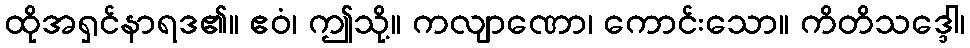
ထိုအရှင်နာရဒ၏။ ဧဝံ၊ ဤသို့။ ကလျာဏော၊ ကောင်းသော။ ကိတိသဒ္ဒေါ၊